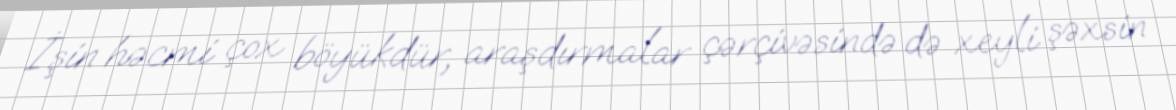
İşin həcmi çox böyükdür, araşdırmalar çərçivəsində də xeyli şəxsin